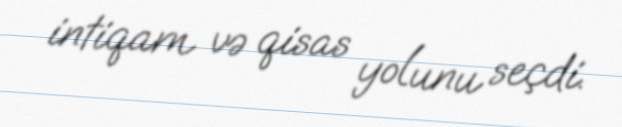
intiqam və qisas yolunu seçdi.